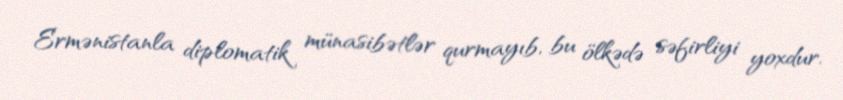
Ermənistanla diplomatik münasibətlər qurmayıb, bu ölkədə səfirliyi yoxdur.